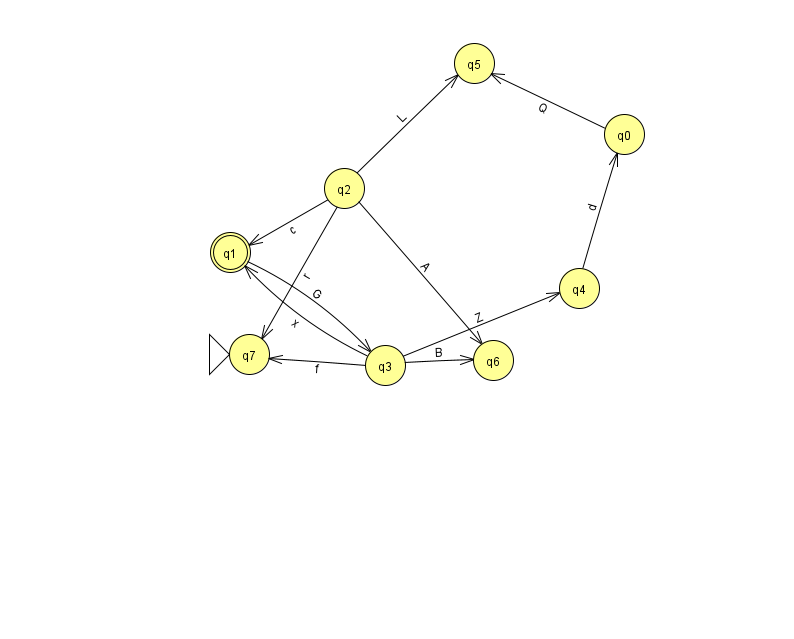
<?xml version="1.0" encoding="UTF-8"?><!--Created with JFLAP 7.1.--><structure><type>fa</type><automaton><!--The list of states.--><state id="0" name="q0"><x>624.0</x><y>121.0</y></state><state id="1" name="q1"><x>230.0</x><y>239.0</y><final/></state><state id="2" name="q2"><x>344.0</x><y>175.0</y></state><state id="3" name="q3"><x>385.0</x><y>352.0</y></state><state id="4" name="q4"><x>579.0</x><y>275.0</y></state><state id="5" name="q5"><x>474.0</x><y>50.0</y></state><state id="6" name="q6"><x>493.0</x><y>347.0</y></state><state id="7" name="q7"><x>249.0</x><y>341.0</y><initial/></state><!--The list of transitions.--><transition><from>1</from><to>3</to><read>G</read></transition><transition><from>0</from><to>5</to><read>Q</read></transition><transition><from>3</from><to>6</to><read>B</read></transition><transition><from>3</from><to>7</to><read>f</read></transition><transition><from>2</from><to>1</to><read>c</read></transition><transition><from>3</from><to>4</to><read>Z</read></transition><transition><from>4</from><to>0</to><read>d</read></transition><transition><from>2</from><to>7</to><read>r</read></transition><transition><from>2</from><to>5</to><read>L</read></transition><transition><from>2</from><to>6</to><read>A</read></transition><transition><from>3</from><to>1</to><read>x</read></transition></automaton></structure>